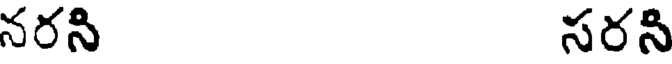
నరని సరని